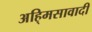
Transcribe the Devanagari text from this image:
अहि्मसावादी